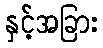
နှင့်အခြား